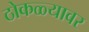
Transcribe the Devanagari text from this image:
ठोकळ्यावर